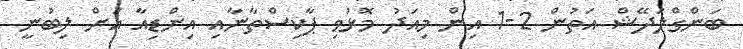
ބަންގްލަދޭޝް އަތުން 2-1 އިން މިއަދު މޮޅުވި ޕާކިސްތާނާއި އިންޑިއާ އަށް ލިބުނީ